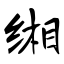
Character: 缃